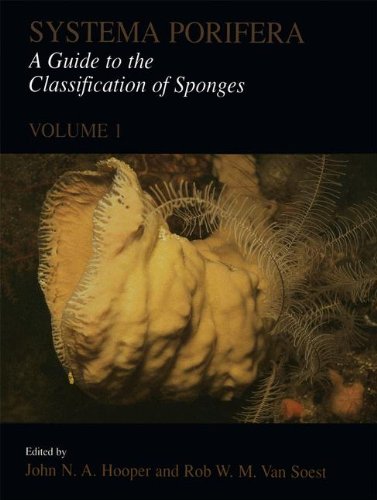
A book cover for Systema Porifera: A Guide to the Classification of Sponges; Science & Math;